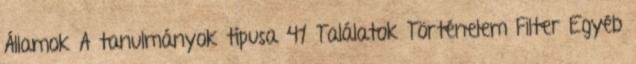
Államok A tanulmányok típusa 41 Találatok Történelem Filter Egyéb